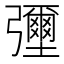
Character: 𢑃